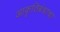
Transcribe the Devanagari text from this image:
आकृतिबंधाचा